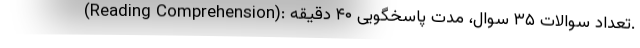
(Reading Comprehension): تعداد سوالات ۳۵ سوال، مدت پاسخگویی ۴۰ دقیقه.